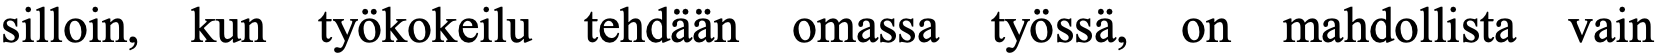
silloin, kun työkokeilu tehdään omassa työssä, on mahdollista vain